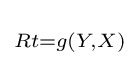
\scriptstyle {Rt=g(Y,X)}